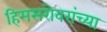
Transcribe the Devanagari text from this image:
हिमसरोवरांच्या